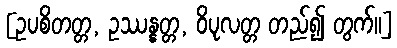
[ဥပစိတတ္တ, ဥဿန္နတ္တ, ဝိပုလတ္တ တည်၍ တွက်။]